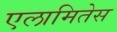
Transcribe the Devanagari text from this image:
एलामितेस